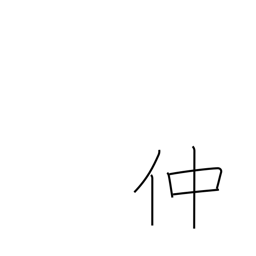
Meaning: go-between